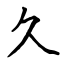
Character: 久